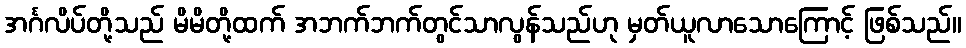
အင်္ဂလိပ်တို့သည် မိမိတို့ထက် အဘက်ဘက်တွင်သာလွန်သည်ဟု မှတ်ယူလာသောကြောင့် ဖြစ်သည်။